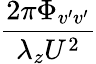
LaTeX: \frac{2\pi\Phi_{v^{\prime}v^{\prime}}}{\lambda_{z}U^{2}}